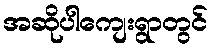
အဆိုပါကျေးရွာတွင်